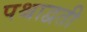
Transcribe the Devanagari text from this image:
पश्चाद्वती